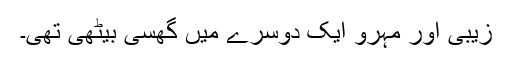
زیبی اور مہرو ایک دوسرے میں گھسی بیٹھی تھی۔